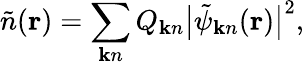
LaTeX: \tilde{n}({\mathbf r})=\sum_{{\mathbf k}n}Q_{{\mathbf k}n}\big|\tilde{\psi}_{{\mathbf k}n}({\mathbf r})\big|^{2},